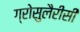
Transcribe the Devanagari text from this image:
ग्रोसुलैरीसी